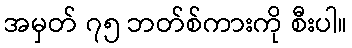
အမှတ် ၇၅ ဘတ်စ်ကားကို စီးပါ။